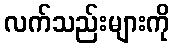
လက်သည်းများကို